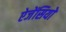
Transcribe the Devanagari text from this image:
ऐजेंसियों